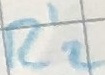
Text: R'2